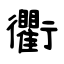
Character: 衢